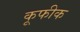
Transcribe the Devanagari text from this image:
कूफीक